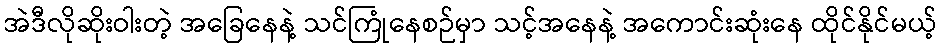
အဲဒီလိုဆိုးဝါးတဲ့ အခြေနေနဲ့ သင်ကြုံနေစဉ်မှာ သင့်အနေနဲ့ အကောင်းဆုံးနေ ထိုင်နိုင်မယ့်